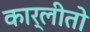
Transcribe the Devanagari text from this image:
कार्लीतो